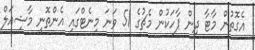
އެގޮތުން މާޓާ ދިން ޕާހަކުން މެޗުގެ 51 ވަނަ މިނެޓްގައި އެންތޮނީ މާޝިއަލް